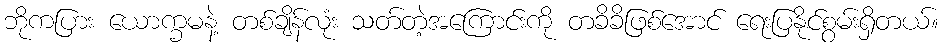
ဘိုကပြား ယောက္ခမနဲ့ တစ်ချိန်လုံး သတ်တဲ့အကြောင်းကို တခိခိဖြစ်အောင် ရေးပြနိုင်စွမ်းရှိတယ်။